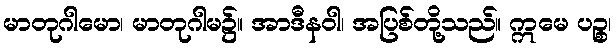
မာတုဂါမော၊ မာတုဂါမ၌။ အာဒီနဝါ၊ အပြစ်တို့သည်။ ဣမေ ပဉ္စ၊